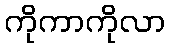
ကိုကာကိုလာ